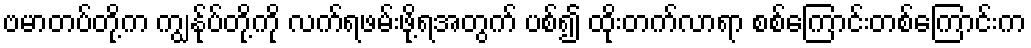
ဗမာတပ်တို့က ကျွန်ုပ်တို့ကို လက်ရဖမ်းဖို့ရအတွက် ပစ်၍ ထိုးတက်လာရာ စစ်ကြောင်းတစ်ကြောင်းက